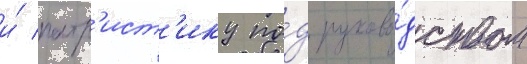
и́ патр'ист'ику по́д руково́дством